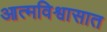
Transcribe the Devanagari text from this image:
आत्मविश्वासात